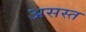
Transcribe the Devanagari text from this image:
असस्त